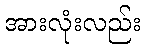
အားလုံးလည်း